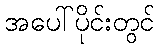
အပေါ်ပိုင်းတွင်